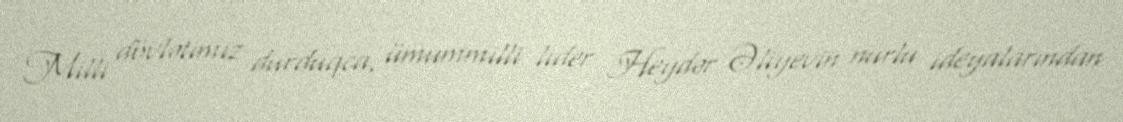
Milli dövlətimiz durduqca, ümummilli lider Heydər Əliyevin nurlu ideyalarından